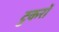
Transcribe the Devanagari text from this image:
टुकरों